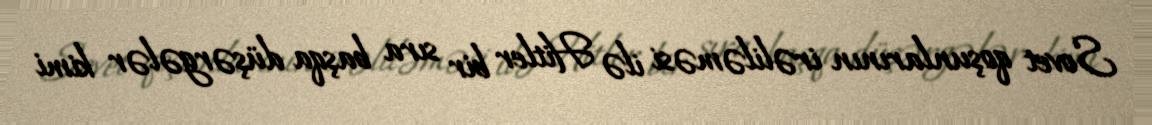
Sovet qoşunlarının irəliləməsi ilə Hitler bir sıra başqa düşərgələr kimi